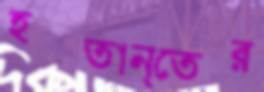
হস্তান্তের